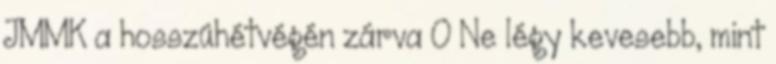
JMMK a hosszúhétvégén zárva 0 Ne légy kevesebb, mint